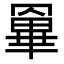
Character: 𦌎